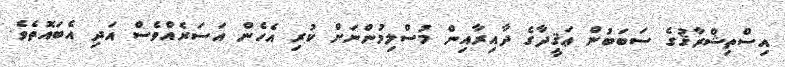
އިސްތިޝްރާޤުގެ ސަބަބުން ޢަޤީދާގެ ދާއިރާއިން މުސްލިމުންނަށް ކުރި އެހެން އަސަރެއްވެސް އަދި އެބައޮތެވެ.